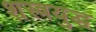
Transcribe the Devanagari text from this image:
शस्त्रयुद्ध